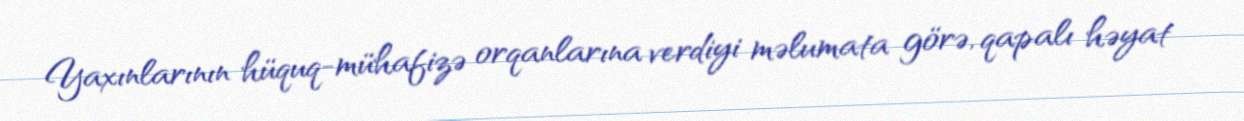
Yaxınlarının hüquq-mühafizə orqanlarına verdiyi məlumata görə, qapalı həyat